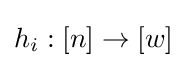
h_{i}:[n]\to [w]